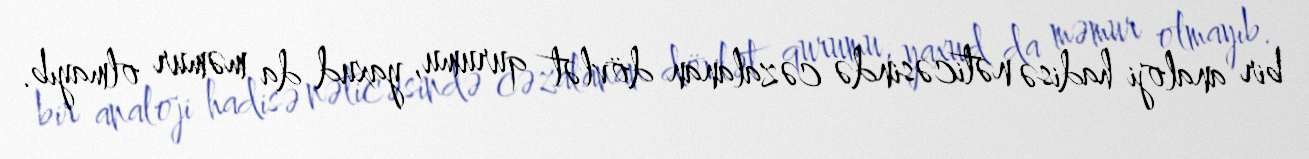
bir analoji hadisə nəticəsində cəzalanan dövlət qurumu, yaxud da məmur olmayıb.